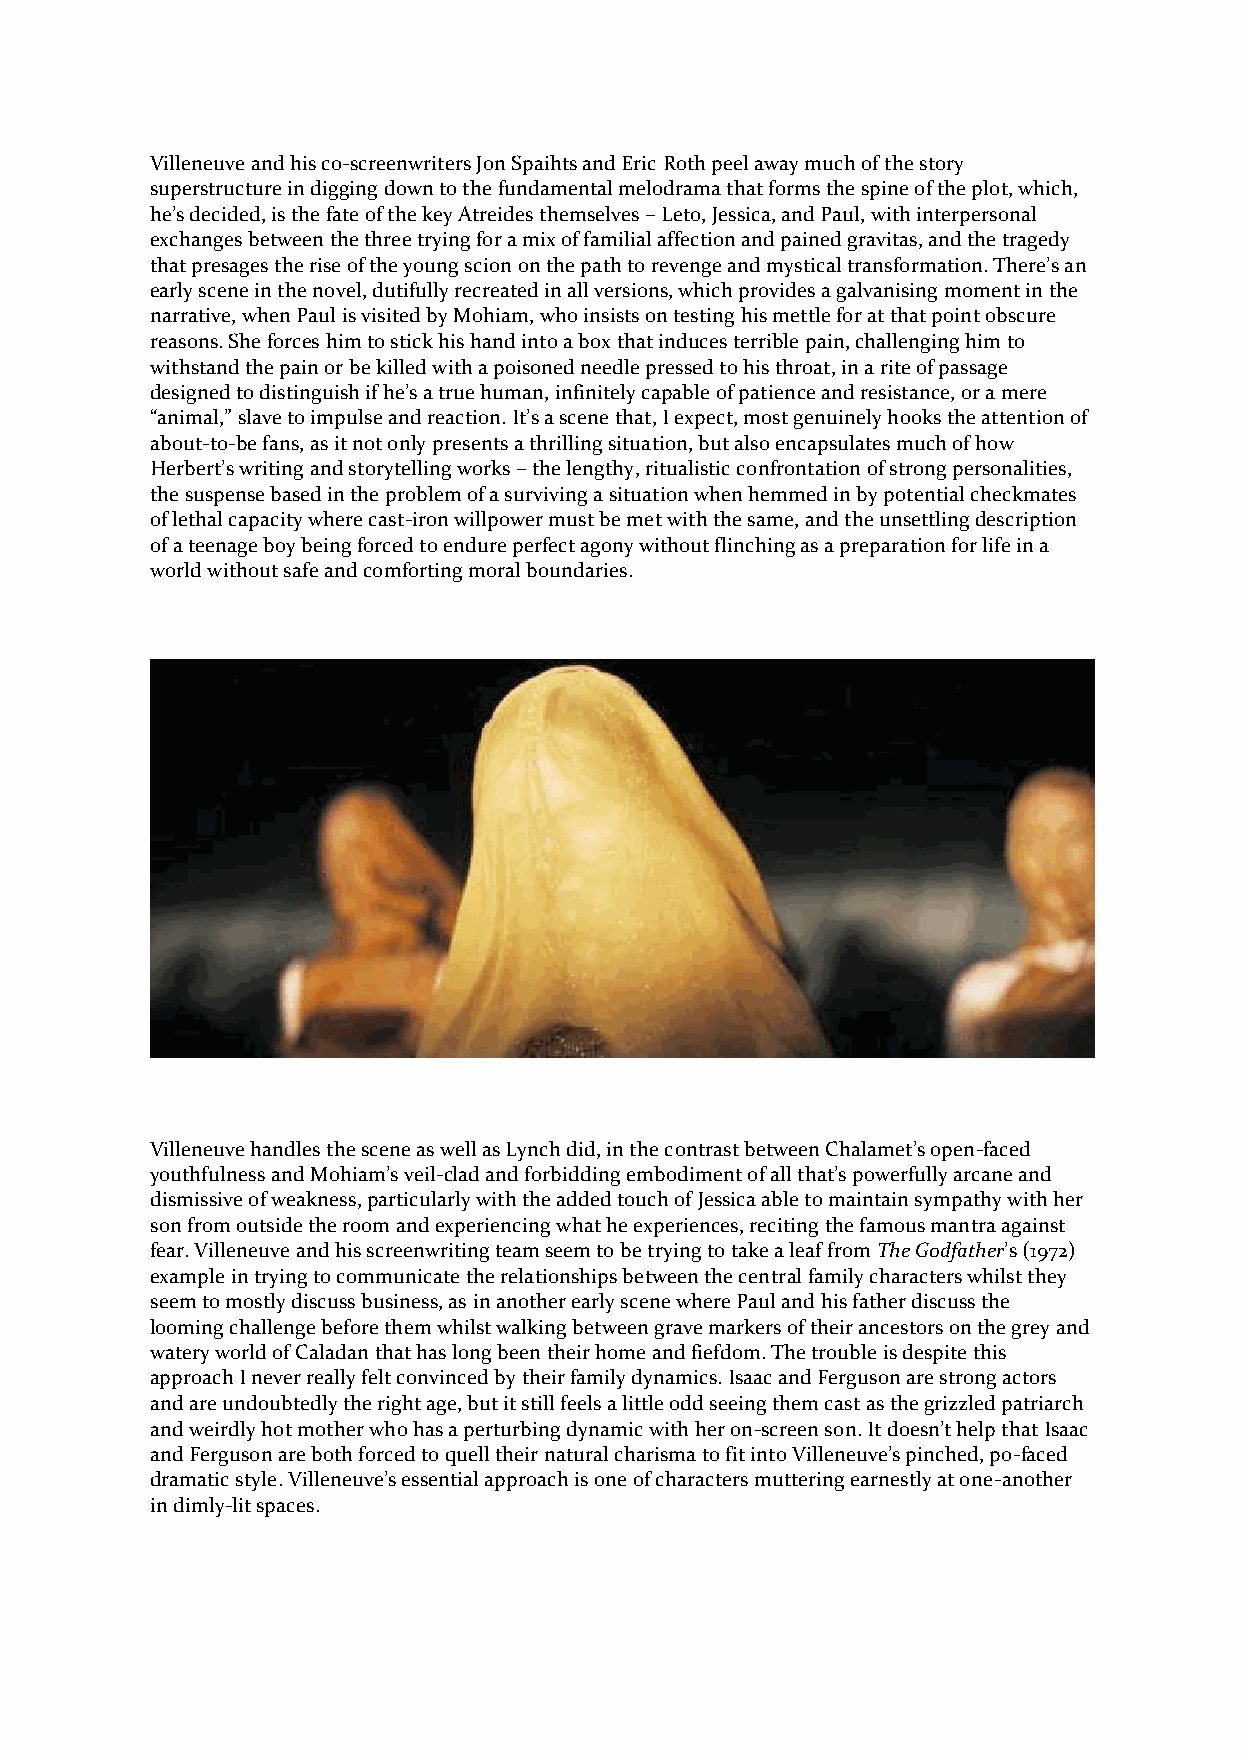
Villeneuve and his co-screenwriters Jon Spaihts and Eric Roth peel away much of the story
 superstructure in digging down to the fundamental melodrama that forms the spine of the plot, which,
 he’s decided, is the fate of the key Atreides themselves – Leto, Jessica, and Paul, with interpersonal
 exchanges between the three trying for a mix of familial affection and pained gravitas, and the tragedy
 that presages the rise of the young scion on the path to revenge and mystical transformation. There’s an
 early scene in the novel, dutifully recreated in all versions, which provides a galvanising moment in the
 narrative, when Paul is visited by Mohiam, who insists on testing his mettle for at that point obscure
 reasons. She forces him to stick his hand into a box that induces terrible pain, challenging him to
 withstand the pain or be killed with a poisoned needle pressed to his throat, in a rite of passage
 designed to distinguish if he’s a true human, infinitely capable of patience and resistance, or a mere
 “animal,” slave to impulse and reaction. It’s a scene that, I expect, most genuinely hooks the attention of
 about-to-be fans, as it not only presents a thrilling situation, but also encapsulates much of how
 Herbert’s writing and storytelling works – the lengthy, ritualistic confrontation of strong personalities,
 the suspense based in the problem of a surviving a situation when hemmed in by potential checkmates
 of lethal capacity where cast-iron willpower must be met with the same, and the unsettling description
 of a teenage boy being forced to endure perfect agony without flinching as a preparation for life in a
 world without safe and comforting moral boundaries.
 Villeneuve handles the scene as well as Lynch did, in the contrast between Chalamet’s open-faced
 youthfulness and Mohiam’s veil-clad and forbidding embodiment of all that’s powerfully arcane and
 dismissive of weakness, particularly with the added touch of Jessica able to maintain sympathy with her
 son from outside the room and experiencing what he experiences, reciting the famous mantra against
 fear. Villeneuve and his screenwriting team seem to be trying to take a leaf from The Godfather’s (1972)
 example in trying to communicate the relationships between the central family characters whilst they
 seem to mostly discuss business, as in another early scene where Paul and his father discuss the
 looming challenge before them whilst walking between grave markers of their ancestors on the grey and
 watery world of Caladan that has long been their home and fiefdom. The trouble is despite this
 approach I never really felt convinced by their family dynamics. Isaac and Ferguson are strong actors
 and are undoubtedly the right age, but it still feels a little odd seeing them cast as the grizzled patriarch
 and weirdly hot mother who has a perturbing dynamic with her on-screen son. It doesn’t help that Isaac
 and Ferguson are both forced to quell their natural charisma to fit into Villeneuve’s pinched, po-faced
 dramatic style. Villeneuve’s essential approach is one of characters muttering earnestly at one-another
 in dimly-lit spaces.